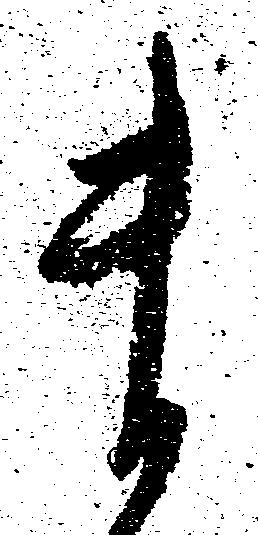
ま